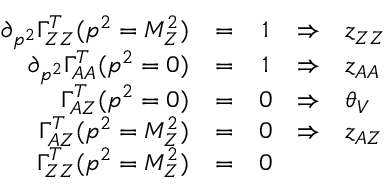
\begin{array} { r c c c l } { { \partial _ { p ^ { 2 } } \Gamma _ { Z Z } ^ { T } ( p ^ { 2 } = M _ { Z } ^ { 2 } ) } } & { { = } } & { { 1 } } & { { \Rightarrow } } & { { z _ { Z Z } } } \\ { { \partial _ { p ^ { 2 } } \Gamma _ { A A } ^ { T } ( p ^ { 2 } = 0 ) } } & { { = } } & { { 1 } } & { { \Rightarrow } } & { { z _ { A A } } } \\ { { \Gamma _ { A Z } ^ { T } ( p ^ { 2 } = 0 ) } } & { { = } } & { { 0 } } & { { \Rightarrow } } & { { \theta _ { V } } } \\ { { \Gamma _ { A Z } ^ { T } ( p ^ { 2 } = M _ { Z } ^ { 2 } ) } } & { { = } } & { { 0 } } & { { \Rightarrow } } & { { z _ { A Z } } } \\ { { \Gamma _ { Z Z } ^ { T } ( p ^ { 2 } = M _ { Z } ^ { 2 } ) } } & { { = } } & { { 0 } } & { { } } & { { } } \end{array}